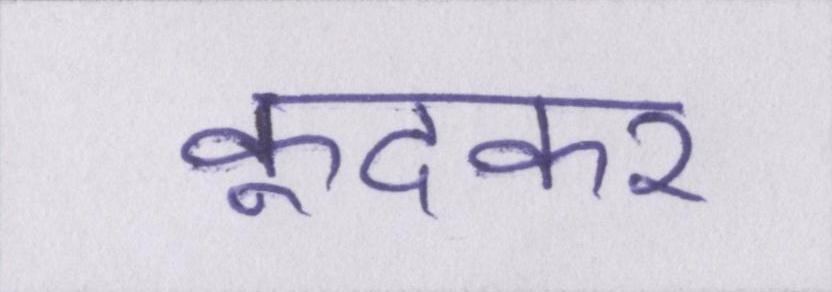
कूदकर